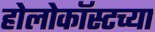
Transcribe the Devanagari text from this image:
होलोकॉस्टच्या